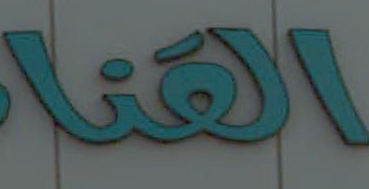
الهنا